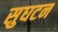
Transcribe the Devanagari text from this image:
सुघटन